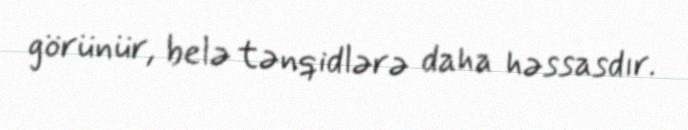
görünür, belə tənqidlərə daha həssasdır.